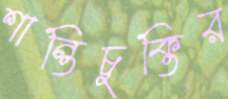
শান্তিচুক্তির